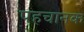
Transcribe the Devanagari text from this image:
पहचानक